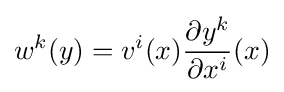
w^{k}(y)=v^{i}(x){\frac {\partial y^{k}}{\partial x^{i}}}(x)